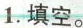
1.填空。